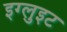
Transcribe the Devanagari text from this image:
इग्लुइट